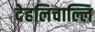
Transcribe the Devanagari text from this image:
देहलिचाल्लि